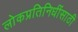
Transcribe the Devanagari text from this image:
लोकप्रतिनिधींसाठी